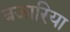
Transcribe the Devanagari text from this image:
बजारिया